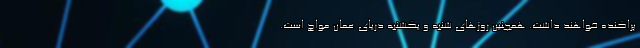
پراکنده خواهند داشت. همچنین روزهای شنبه و یکشنبه دریای عمان مواج است.